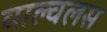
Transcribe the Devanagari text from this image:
वाल्वलस